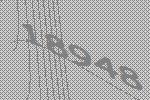
18948